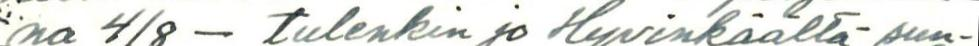
na 4/8 - tulenkin jo Hyvinkäältä sun-